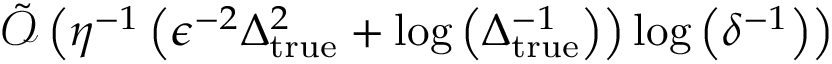
\tilde { \mathcal { O } } \left( \eta ^ { - 1 } \left( \epsilon ^ { - 2 } \Delta _ { \mathrm { t r u e } } ^ { 2 } + \log \left( \Delta _ { \mathrm { t r u e } } ^ { - 1 } \right) \right) \log \left( \delta ^ { - 1 } \right) \right)